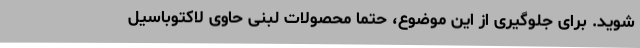
شوید. برای جلوگیری از این موضوع، حتما محصولات لبنی حاوی لاکتوباسیل‌